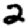
Digit: 2